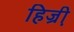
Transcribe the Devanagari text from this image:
हिज्री़